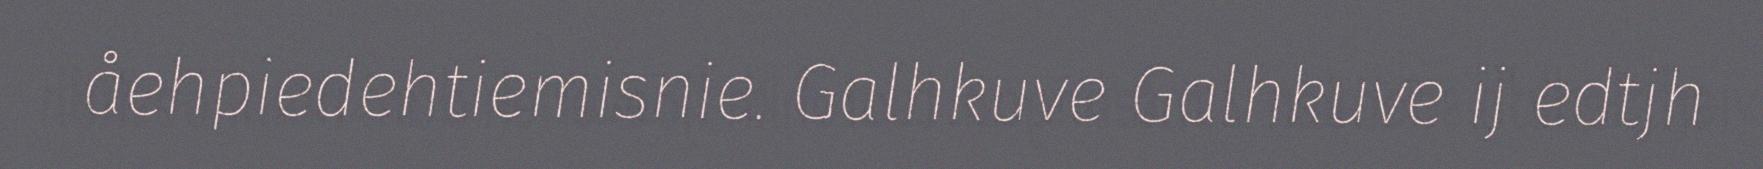
åehpiedehtiemisnie. Galhkuve Galhkuve ij edtjh